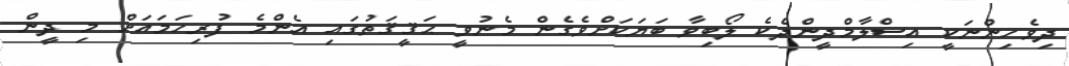
ދިވެހިންނަކީ އިސްލާމްދީންދެކެ ލޯބިވާ ބަޔަކަށްވެގެން މެނުވީ ޙަޤީޤަތުގައި އެންމެ ފުރިހަމައަށް މި ދީން